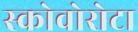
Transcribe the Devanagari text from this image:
स्कोवोरोटा